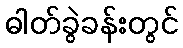
ဓါတ်ခွဲခန်းတွင်